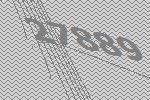
27889